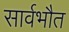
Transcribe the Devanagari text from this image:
सार्वभौत